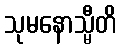
သုမနောသ္မီတိ